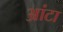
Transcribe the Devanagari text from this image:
आंटा